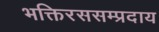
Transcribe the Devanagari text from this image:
भक्तिरससम्प्रदाय